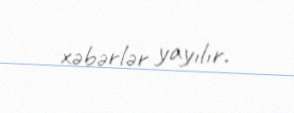
xəbərlər yayılır.